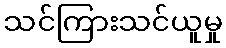
သင်ကြားသင်ယူမှု